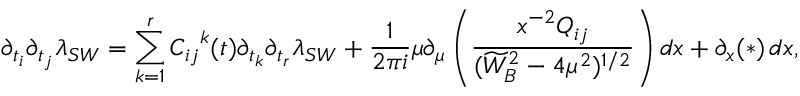
\partial _ { t _ { i } } \partial _ { t _ { j } } \lambda _ { S W } = \sum _ { k = 1 } ^ { r } { C _ { i j } } ^ { k } ( t ) \partial _ { t _ { k } } \partial _ { t _ { r } } \lambda _ { S W } + { \frac { 1 } { 2 \pi i } } \mu \partial _ { \mu } \left( { \frac { x ^ { - 2 } Q _ { i j } } { ( \widetilde { W } _ { B } ^ { 2 } - 4 \mu ^ { 2 } ) ^ { 1 / 2 } } } \right) d x + \partial _ { x } ( * ) \, d x ,